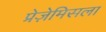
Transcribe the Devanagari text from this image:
प्रेज़ेमिसला